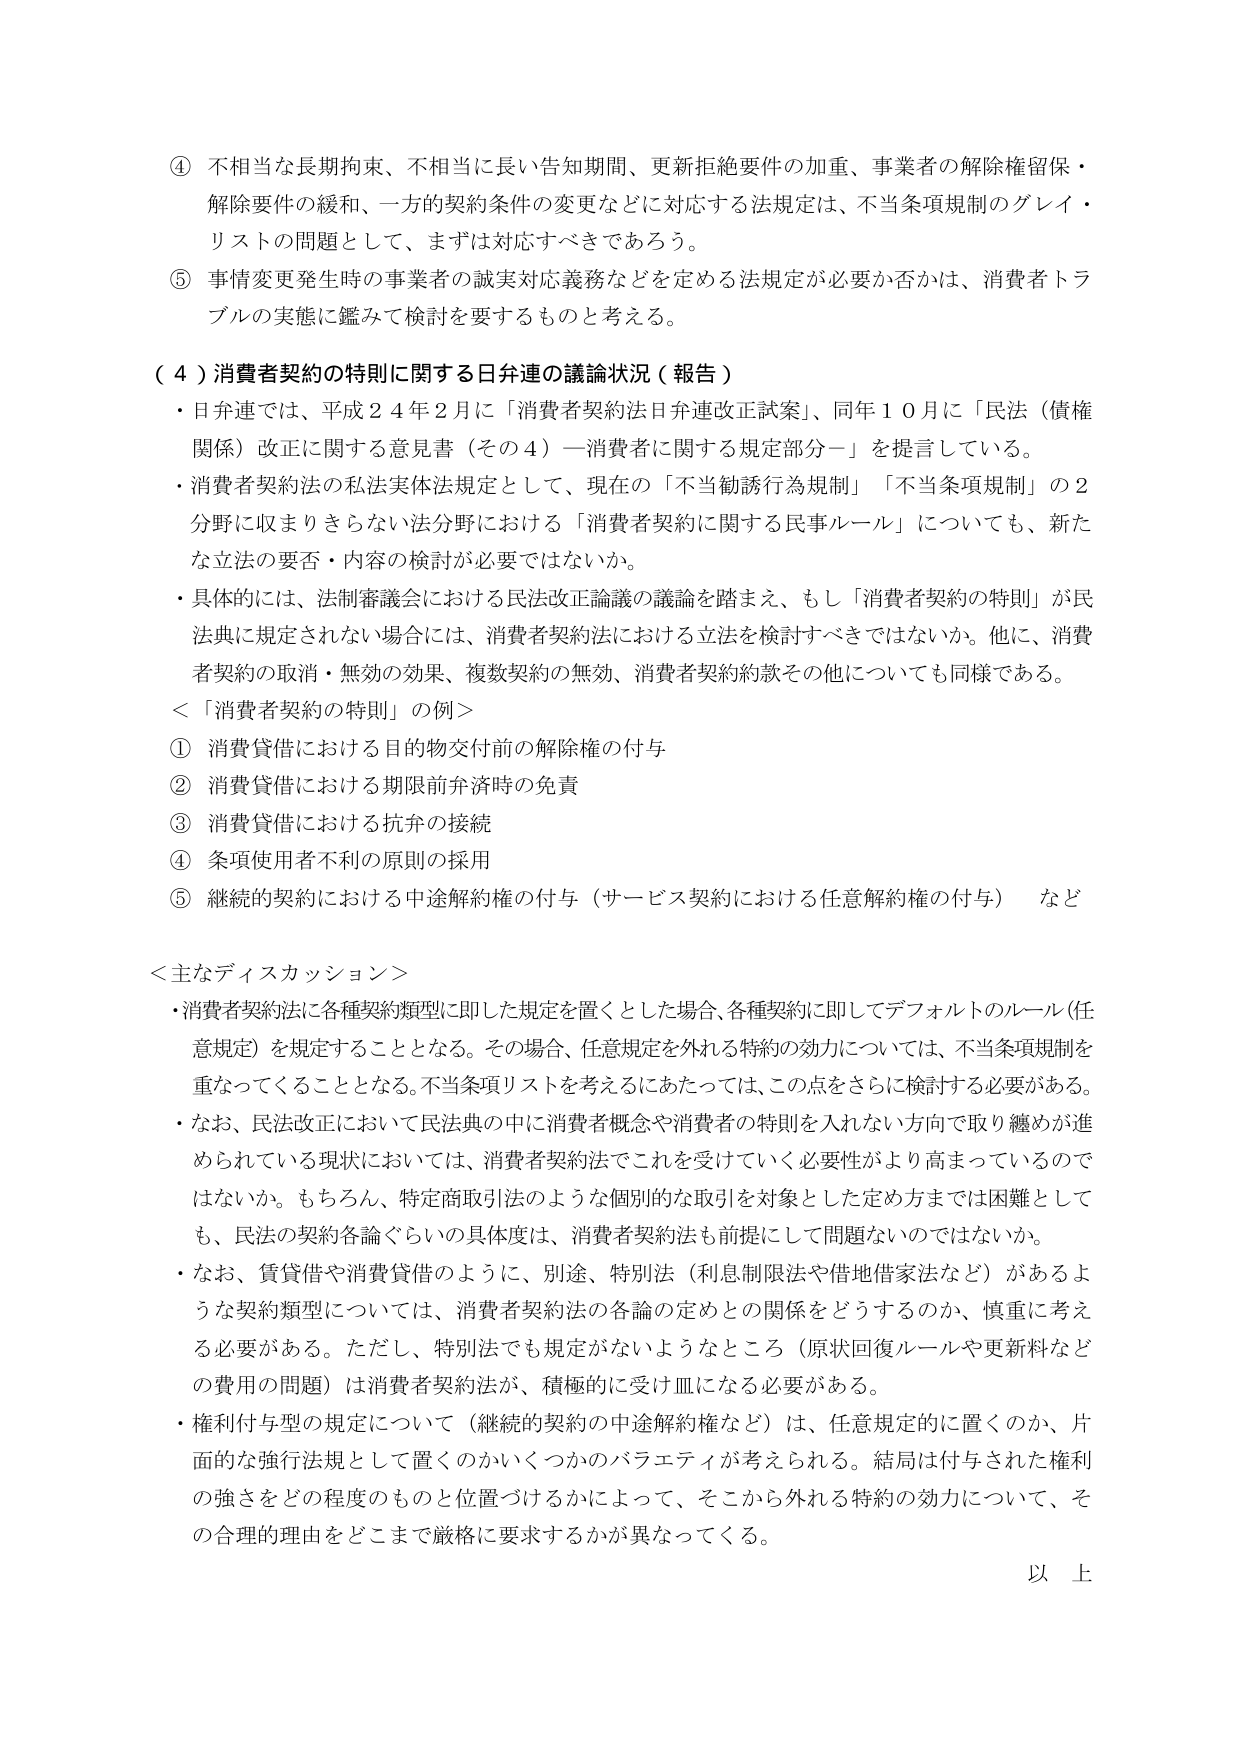
④ 不相当な長期拘束、不相当に長い告知期間、更新拒絶要件の加重、事業者の解除権留保・解除要件の緩和、一方的契約条件の変更などに対応する法規定は、不当条項規制のグレイ・リストの問題として、まずは対応すべきであろう。

⑤ 事情変更発生時の事業者の誠実対応義務などを定める法規定が必要か否かは、消費者トラブルの実態に鑑みて検討を要するものと考える。

（４）消費者契約の特則に関する日弁連の議論状況（報告）

・日弁連では、平成２４年２月に「消費者契約法日弁連改正試案」、同年１０月に「民法（債権関係）改正に関する意見書（その４）―消費者に関する規定部分―」を提言している。

・消費者契約法の私法実体法規定として、現在の「不当勧誘行為規制」「不当条項規制」の２分野に収まりきらない法分野における「消費者契約に関する民事ルール」についても、新たな立法の要否・内容の検討が必要ではないか。

・具体的には、法制審議会における民法改正論議の議論を踏まえ、もし「消費者契約の特則」が民法典に規定されない場合には、消費者契約法における立法を検討すべきではないか。他に、消費者契約の取消・無効の効果、複数契約の無効、消費者契約約款その他についても同様である。

＜「消費者契約の特則」の例＞

① 消費貸借における目的物交付前の解除権の付与

② 消費貸借における期限前弁済時の免責

③ 消費貸借における抗弁の接続

④ 条項使用者不利の原則の採用

⑤ 継続的契約における中途解約権の付与（サービス契約における任意解約権の付与） など

＜主なディスカッション＞

・消費者契約法に各種契約類型に即した規定を置くとした場合、各種契約に即してデフォルトのルール（任意規定）を規定することとなる。その場合、任意規定を外れる特約の効力については、不当条項規制を重なってくこととなる。不当条項リストを考えるにあたっては、この点をさらに検討する必要がある。

・なお、民法改正において民法典の中に消費者概念や消費者の特則を入れない方向で取り纏めが進められている現状においては、消費者契約法でこれを受けていく必要性がより高まっているのではないか。もちろん、特定商取引法のような個別的な取引を対象とした定め方までは困難としても、民法の契約各論ぐらいの具体度は、消費者契約法も前提にして問題ないのではないか。

・なお、賃貸借や消費貸借のように、別途、特別法（利息制限法や借地借家法など）があるような契約類型については、消費者契約法の各論の定めとの関係をどうするのか、慎重に考える必要がある。ただし、特別法でも規定がないようなところ（原状回復ルールや更新料などの費用の問題）は消費者契約法が、積極的に受け皿になる必要がある。

・権利付与型の規定について（継続的契約の中途解約権など）は、任意規定的に置くのか、片面的な強行法規として置くのかいくつかのバラエティが考えられる。結局は付与された権利の強さをどの程度のものと位置づけるかによって、そこから外れる特約の効力について、その合理的理由をどこまで厳格に要求するかが異なってくる。

以上